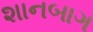
શાનબાગ